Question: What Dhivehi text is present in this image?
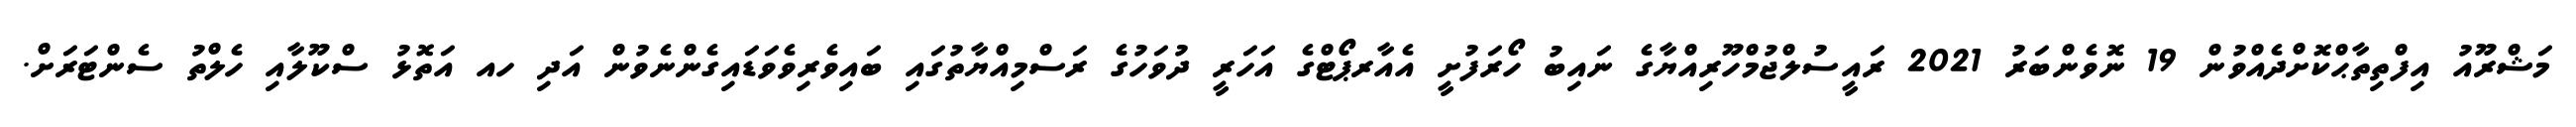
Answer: މަޝްރޫއު އިފްތިތާޙްކޮށްދެއްވުން 19 ނޮވެންބަރު 2021 ރައީސުލްޖުމްހޫރިއްޔާގެ ނައިބު ހޯރަފުށީ އެއާރޕޯޓްގެ އަހަރީ ދުވަހުގެ ރަސްމިއްޔާތުގައި ބައިވެރިވެވަޑައިގެންނެވުން އަދި ހއ އަތޮޅު ސްކޫލާއި ހެލްތު ސެންޓަރަށް.